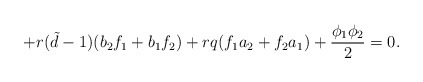
\begin{align*}+r({\tilde d}-1)(b_{2}f_{1}+b_{1}f_{2})+rq(f_{1}a_{2} +f_{2}a_{1})+\frac{\phi_{1}\phi_{2}}{2}=0. \end{align*}